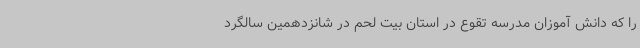
را که دانش آموزان مدرسه تقوع در استان بیت لحم در شانزدهمین سالگرد